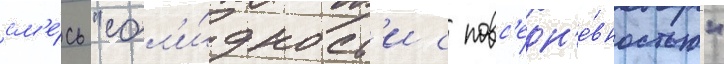
см'е́сь "сол'и́дност'и с повс'едн'е́вностью"